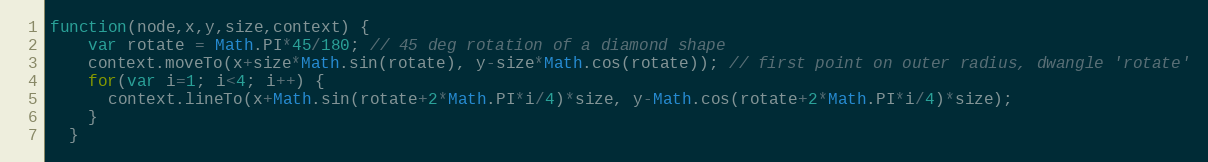
Language: JavaScript
function(node,x,y,size,context) {
    var rotate = Math.PI*45/180; // 45 deg rotation of a diamond shape
    context.moveTo(x+size*Math.sin(rotate), y-size*Math.cos(rotate)); // first point on outer radius, dwangle 'rotate'
    for(var i=1; i<4; i++) {
      context.lineTo(x+Math.sin(rotate+2*Math.PI*i/4)*size, y-Math.cos(rotate+2*Math.PI*i/4)*size);
    }
  }